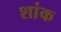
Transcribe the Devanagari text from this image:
शांक